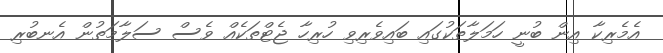
އެމެރިކާ އިން ބުނީ ހަމަލާތަކުގައި ބައިވެރިވި ހުރިހާ ޖެޓްތަކެއް ވެސް ސަލާމަތުން އެނބުރި